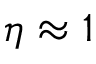
\eta \approx 1